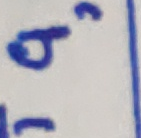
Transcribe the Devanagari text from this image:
८°